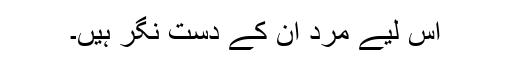
اس لیے مرد ان کے دست نگر ہیں۔